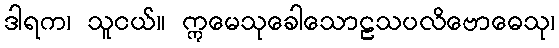
ဒါရက၊ သူငယ်။ ဣမေသုခေါသောဠသပလိဗောဓေသု၊